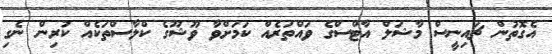
އެގޮތުން ޗައިނީސް މާޝަލް އާޓްސްގެ ވައްތަރެއް ކަމަށްވާ ވޫޝޫގެ ކްލާސްތަކެއް ކުރިން ނެގި